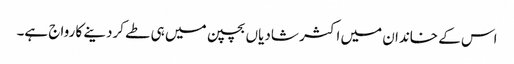
اس کے خاندان میں اکثر شادیاں بچپن میں ہی طے کردینے کا رواج ہے۔